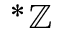
^ { * } \mathbb { Z }